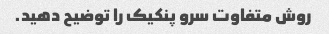
روش متفاوت سرو پنکیک را توضیح دهید.